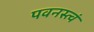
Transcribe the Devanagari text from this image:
पवनस्त्वं